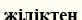
жіліктен